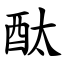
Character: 酞